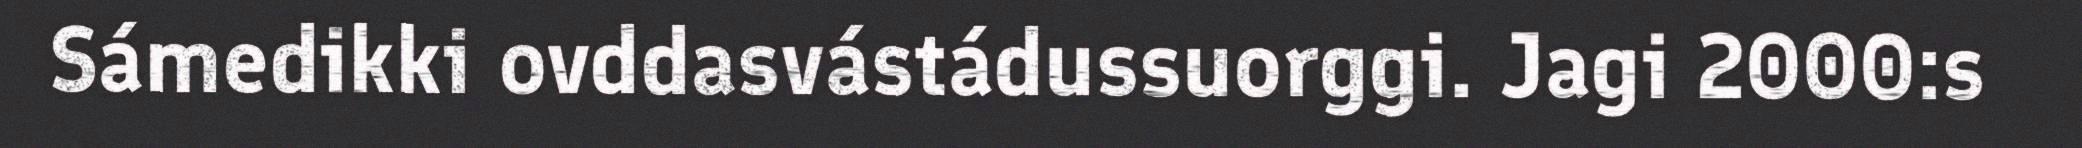
Sámedikki ovddasvástádussuorggi. Jagi 2000:s